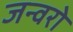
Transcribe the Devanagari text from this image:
जन्वरो